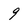
Character: 9